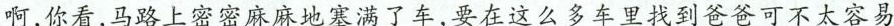
啊，你看， 马路上密密麻麻地塞满了车，要在这么多车里找到爸爸可不太容易